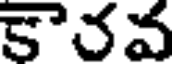
కెరవ